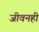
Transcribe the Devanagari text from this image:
जीवनही